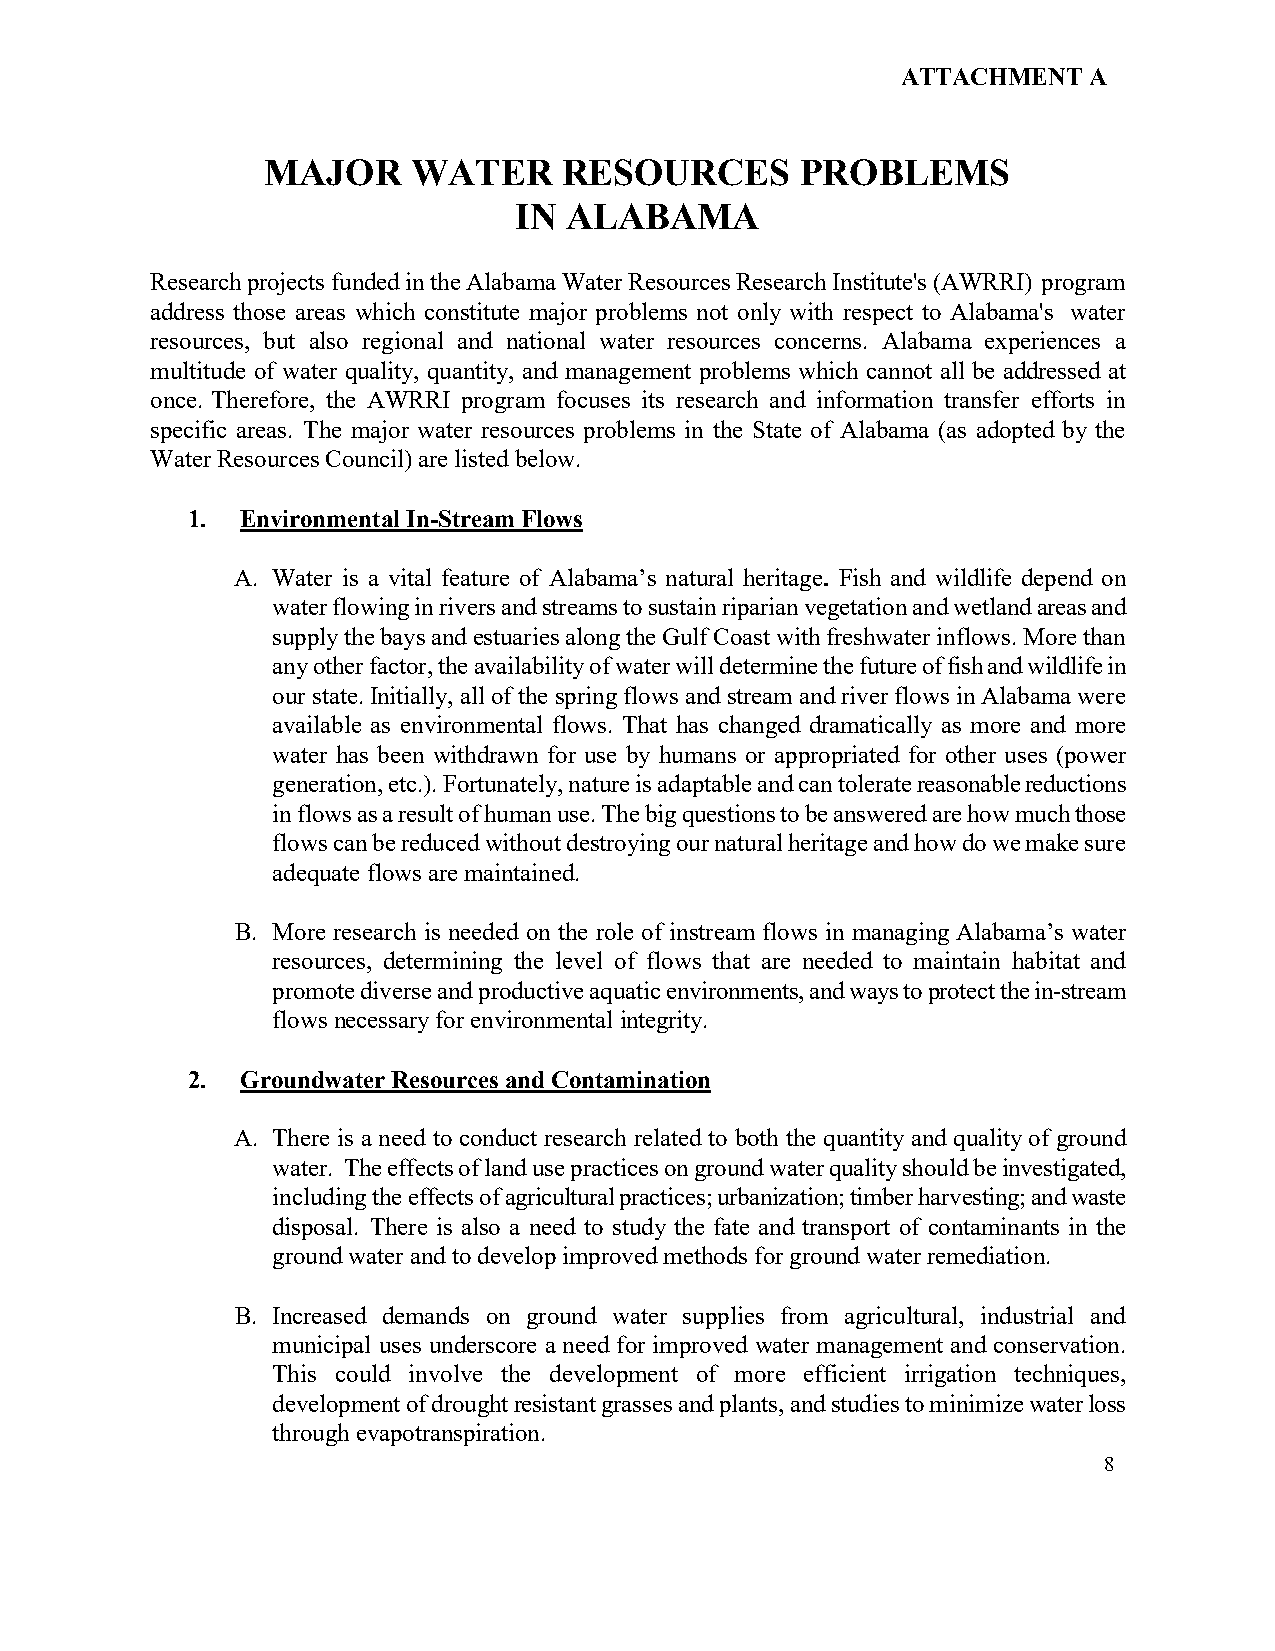
ATTACHMENT  A
 MAJOR     WATER     RESOURCES       PROBLEMS
 IN ALABAMA
 Research projects funded in the Alabama Water Resources Research Institute's (AWRRI) program
 address those areas which constitute major problems not only with respect to Alabama's water
 resources, but also regional and national water resources concerns. Alabama experiences a
 multitude of water quality, quantity, and management problems which cannot all be addressed at
 once. Therefore, the AWRRI program focuses its research and information transfer efforts in
 specific areas. The major water resources problems in the State of Alabama (as adopted by the
 Water Resources Council) are listed below.
 1.  Environmental In-Stream Flows
 A. Water is a vital feature of Alabama’s natural heritage. Fish and wildlife depend on
 water flowing in rivers and streams to sustain riparian vegetation and wetland areas and
 supply the bays and estuaries along the Gulf Coast with freshwater inflows. More than
 any other factor, the availability of water will determine the future of fish and wildlife in
 our state. Initially, all of the spring flows and stream and river flows in Alabama were
 available as environmental flows. That has changed dramatically as more and more
 water has been withdrawn for use by humans or appropriated for other uses (power
 generation, etc.). Fortunately, nature is adaptable and can tolerate reasonable reductions
 in flows as a result of human use. The big questions to be answered are how much those
 flows can be reduced without destroying our natural heritage and how do we make sure
 adequate flows are maintained.
 B. More research is needed on the role of instream flows in managing Alabama’s water
 resources, determining the level of flows that are needed to maintain habitat and
 promote diverse and productive aquatic environments, and ways to protect the in-stream
 flows necessary for environmental integrity.
 2.  Groundwater Resources and Contamination
 A. There is a need to conduct research related to both the quantity and quality of ground
 water. The effects of land use practices on ground water quality should be investigated,
 including the effects of agricultural practices; urbanization; timber harvesting; and waste
 disposal. There is also a need to study the fate and transport of contaminants in the
 ground water and to develop improved methods for ground water remediation.
 B. Increased demands on ground water supplies from agricultural, industrial and
 municipal uses underscore a need for improved water management and conservation.
 This could involve the development of more efficient irrigation techniques,
 development of drought resistant grasses and plants, and studies to minimize water loss
 through evapotranspiration.
 8